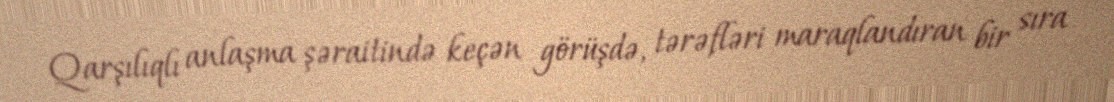
Qarşılıqlı anlaşma şəraitində keçən görüşdə, tərəfləri maraqlandıran bir sıra